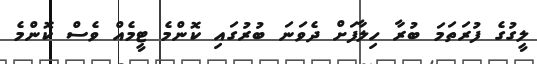
ލީގުގެ ފުރަތަމަ ބުރާ ހިލާފަށް ދެވަނަ ބުރުގައި ކޮންމެ ޓީމެއް ވެސް ކޮންމެ